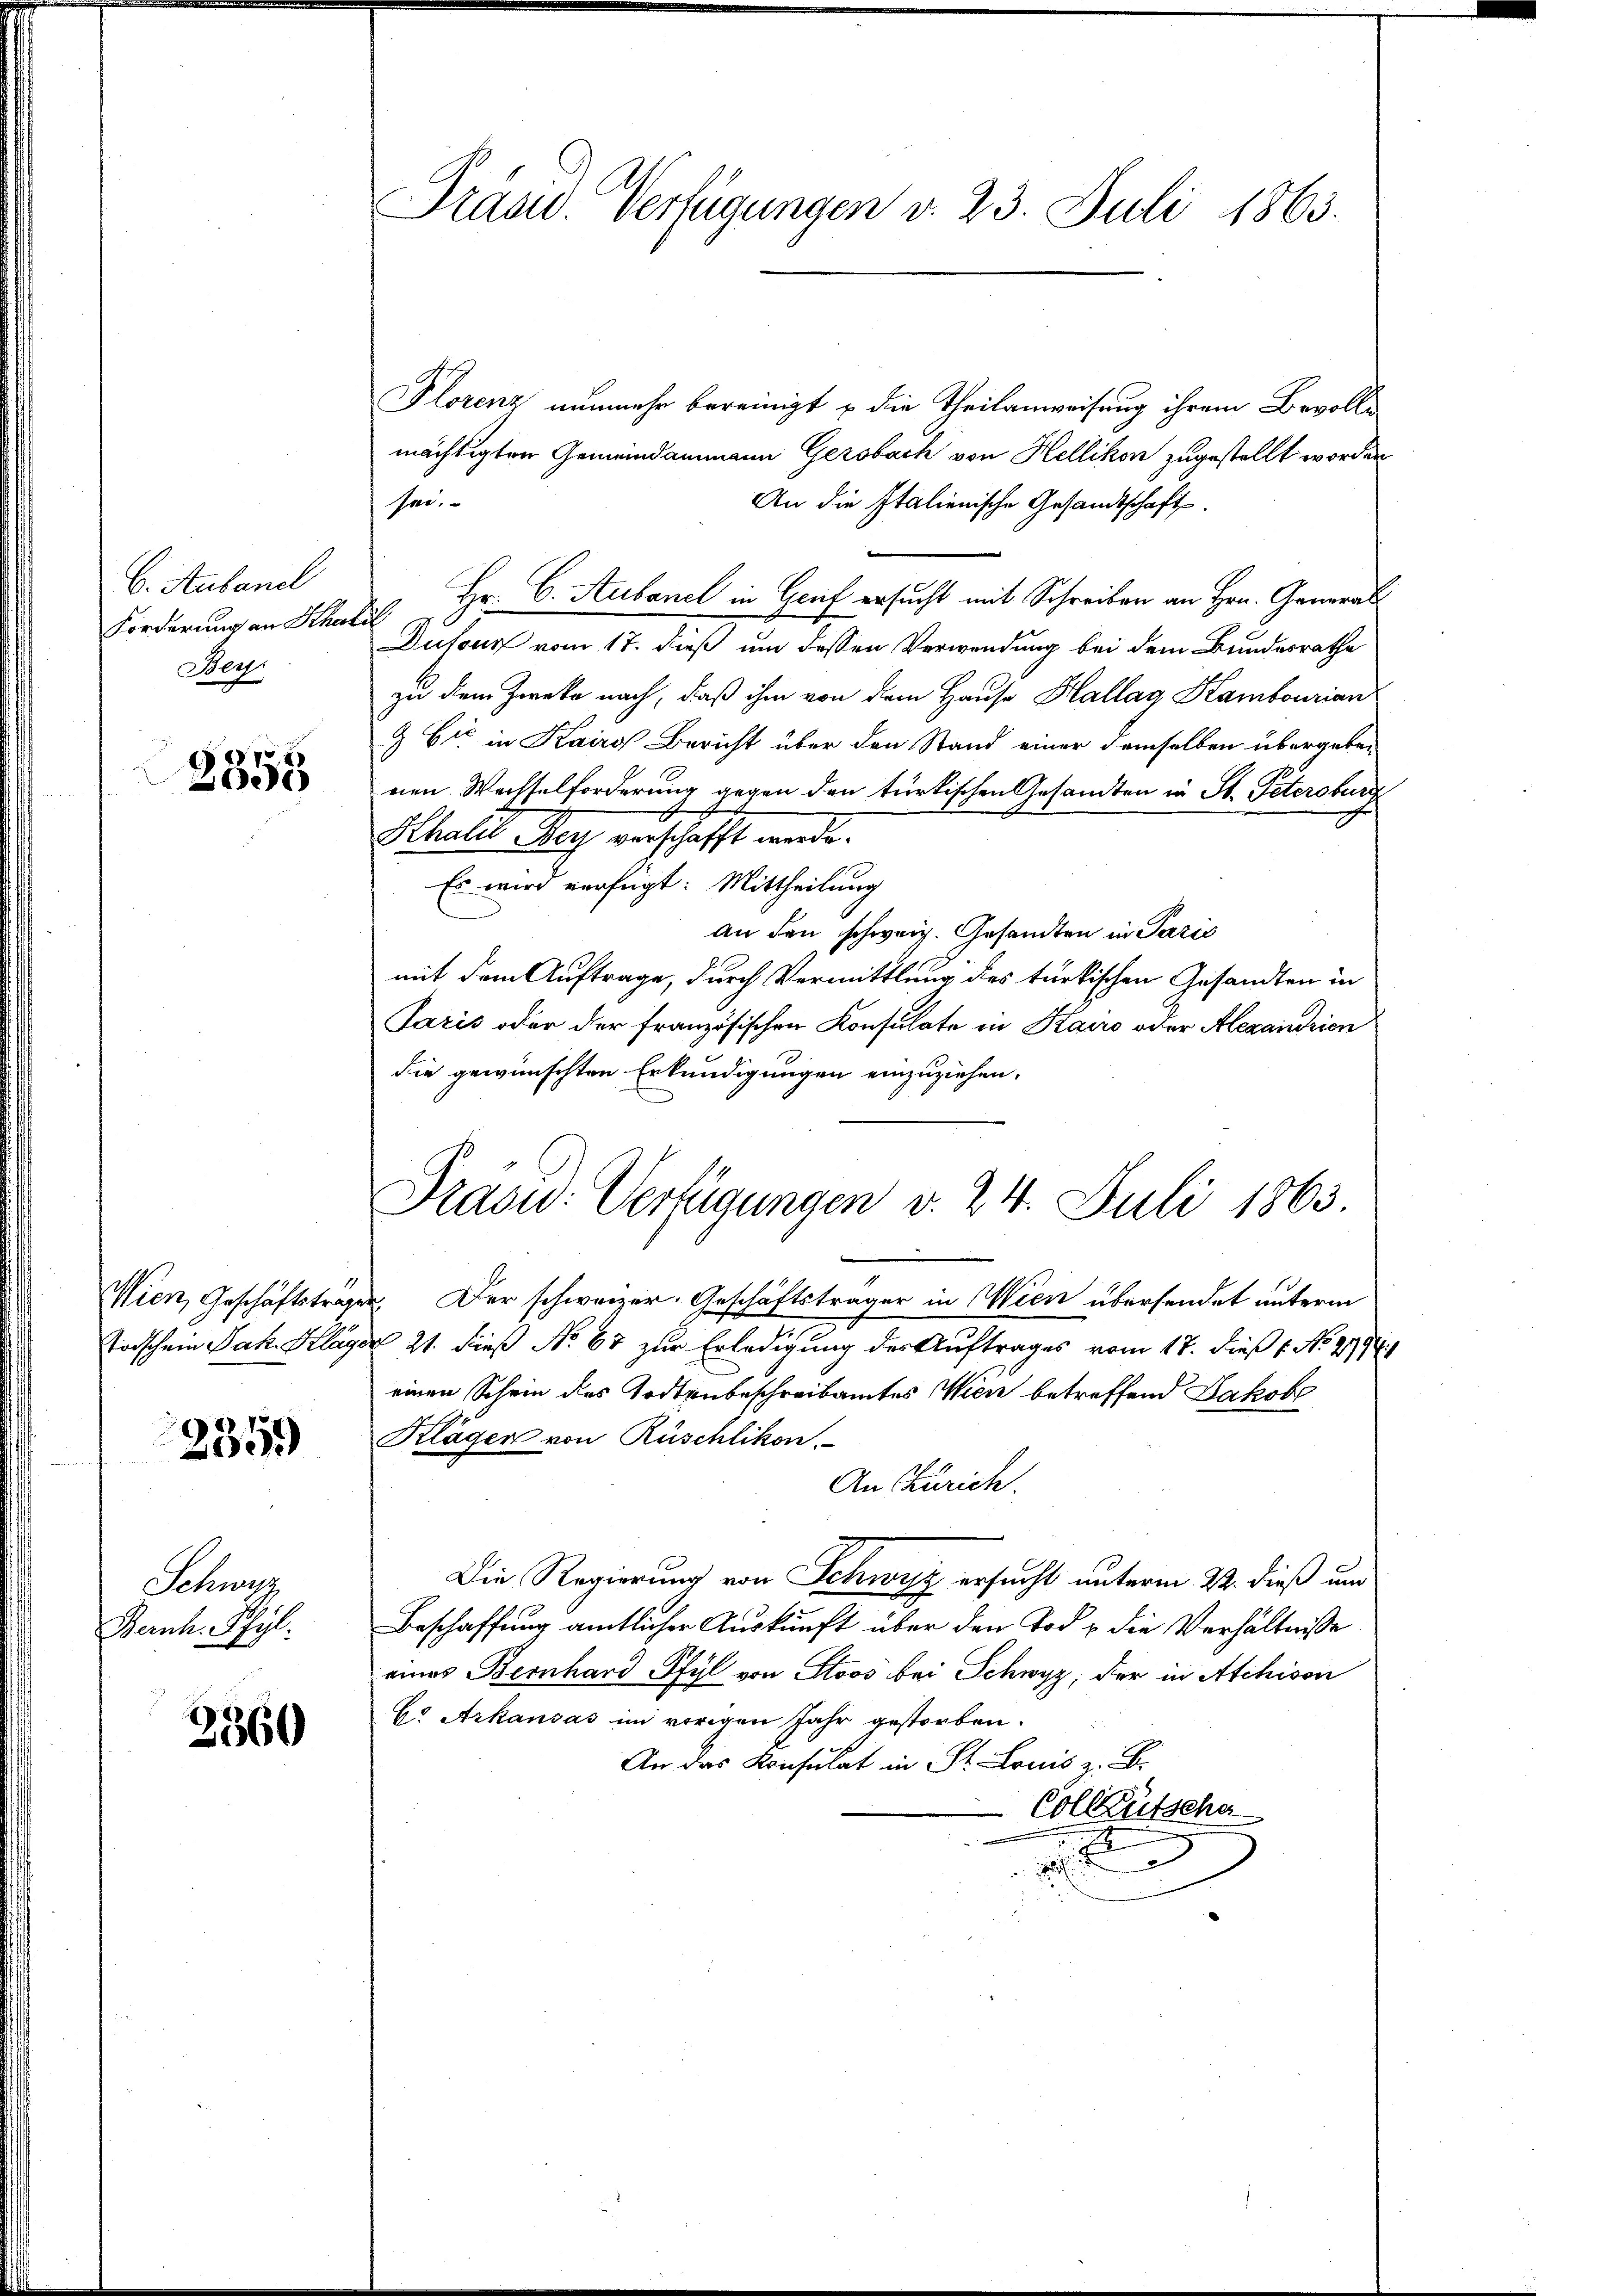
C. Aubanel
Forderung an Schar
Her

2355

Wien, Geschäftstrage
Todschein Jak. Klage

3359

Schwe
Bernh. Pfyl.

3360

Präsid. Verfügungen v. 23. Juli 1863.

PFlorenz nunmehr bereinigt u die Theilanweisung ihrem Bevolle
mächtigten Gemeindammann Gersbach von Hellikon zugestellt worden
An die Italienische Gesandtschaft
sei.
 Hr. C. Aubanel in Grief ersucht mit Schreiben an Hrn. General
Dufour vom 17. dieß um dessen Verwendung bei dem Bundesrathe
zu dem Zweke nach, daß ihm von dem Hause Hallag Kambourian
& Cie in Kairo Bericht über den Stand einer demselben übergeben
nen Wechselforderung gegen den türkischen Gesandten in St. Petersburg
Schalis Nach verschafft werde.
Es wird verfügt: Mittheilung
an den schweiz. Gesandten in Pazić
mit dem Auftrage, durch Vermittlung des türkischen Gesandten in
Paris oder der französischen Konsulate in Kairo oder Alexandrien
die gewünschten Erkundigungen einzuziehen.
Präsu: Verfügungen d. 24. Juli 1863.
 Der schweizer. Geschäftsträger in Wien übersendet unterm
§ 21. dieß No 67 zur Erledigung des Auftrages vom 17. Dieß 1. No. 299.
einen Schein des Todtenbeschreibamtes Wien betreffend Jakob
Kläger von Rüschlikon.
An Zürich.
Die Regierung von Schwyz ersucht unterm 22. dieß und
Beschaffung amtlicher Auskunft über den Tod u die Verhältnisse
eines Bernhard Pfyl von Stoos bei Schwyz, der in Atchison
C. Arkausas im vorigen Jahr gestorben.
An das Konsulat in St. Louis z. B.
Colleütscha
1